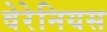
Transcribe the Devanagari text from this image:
वेरेनियस